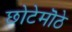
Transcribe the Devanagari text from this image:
छोटेमॊठे